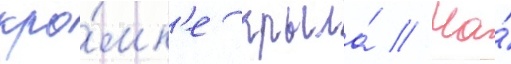
кро́мк'е крыла́ // На́